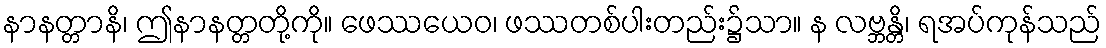
နာနတ္တာနိ၊ ဤနာနတ္တတို့ကို။ ဖေဿယေဝ၊ ဖဿတစ်ပါးတည်း၌သာ။ န လဗ္ဘန္တိ၊ ရအပ်ကုန်သည်